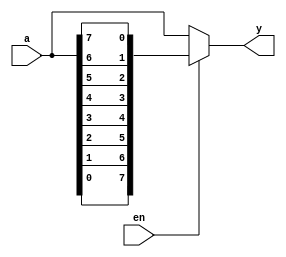
module reverse_bit
	(
		input wire [7:0] a,
		input wire en,
		output reg [7:0] y
	);

	// Body
	always @*
		if (en)
			y = {a[0], a[1], a[2], a[3], a[4], a[5], a[6], a[7]};
		else
			y = a;
		
endmodule